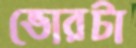
ভোরটা